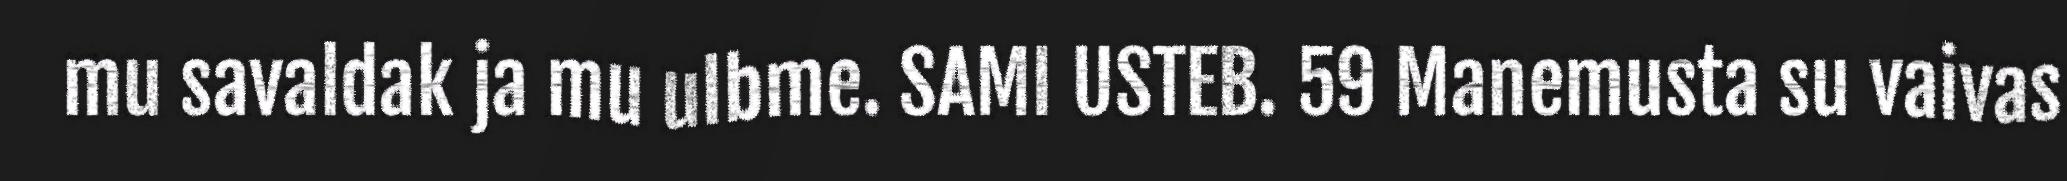
mu savaldak ja mu ulbme. SAMI USTEB. 59 Manemusta su vaivas